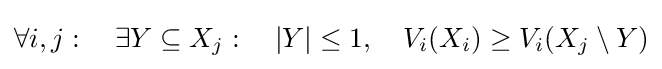
\forall i,j:~~~\exists Y\subseteq X_{j}:~~~|Y|\leq 1,~~~V_{i}(X_{i})\geq V_{i}(X_{j}\setminus Y)